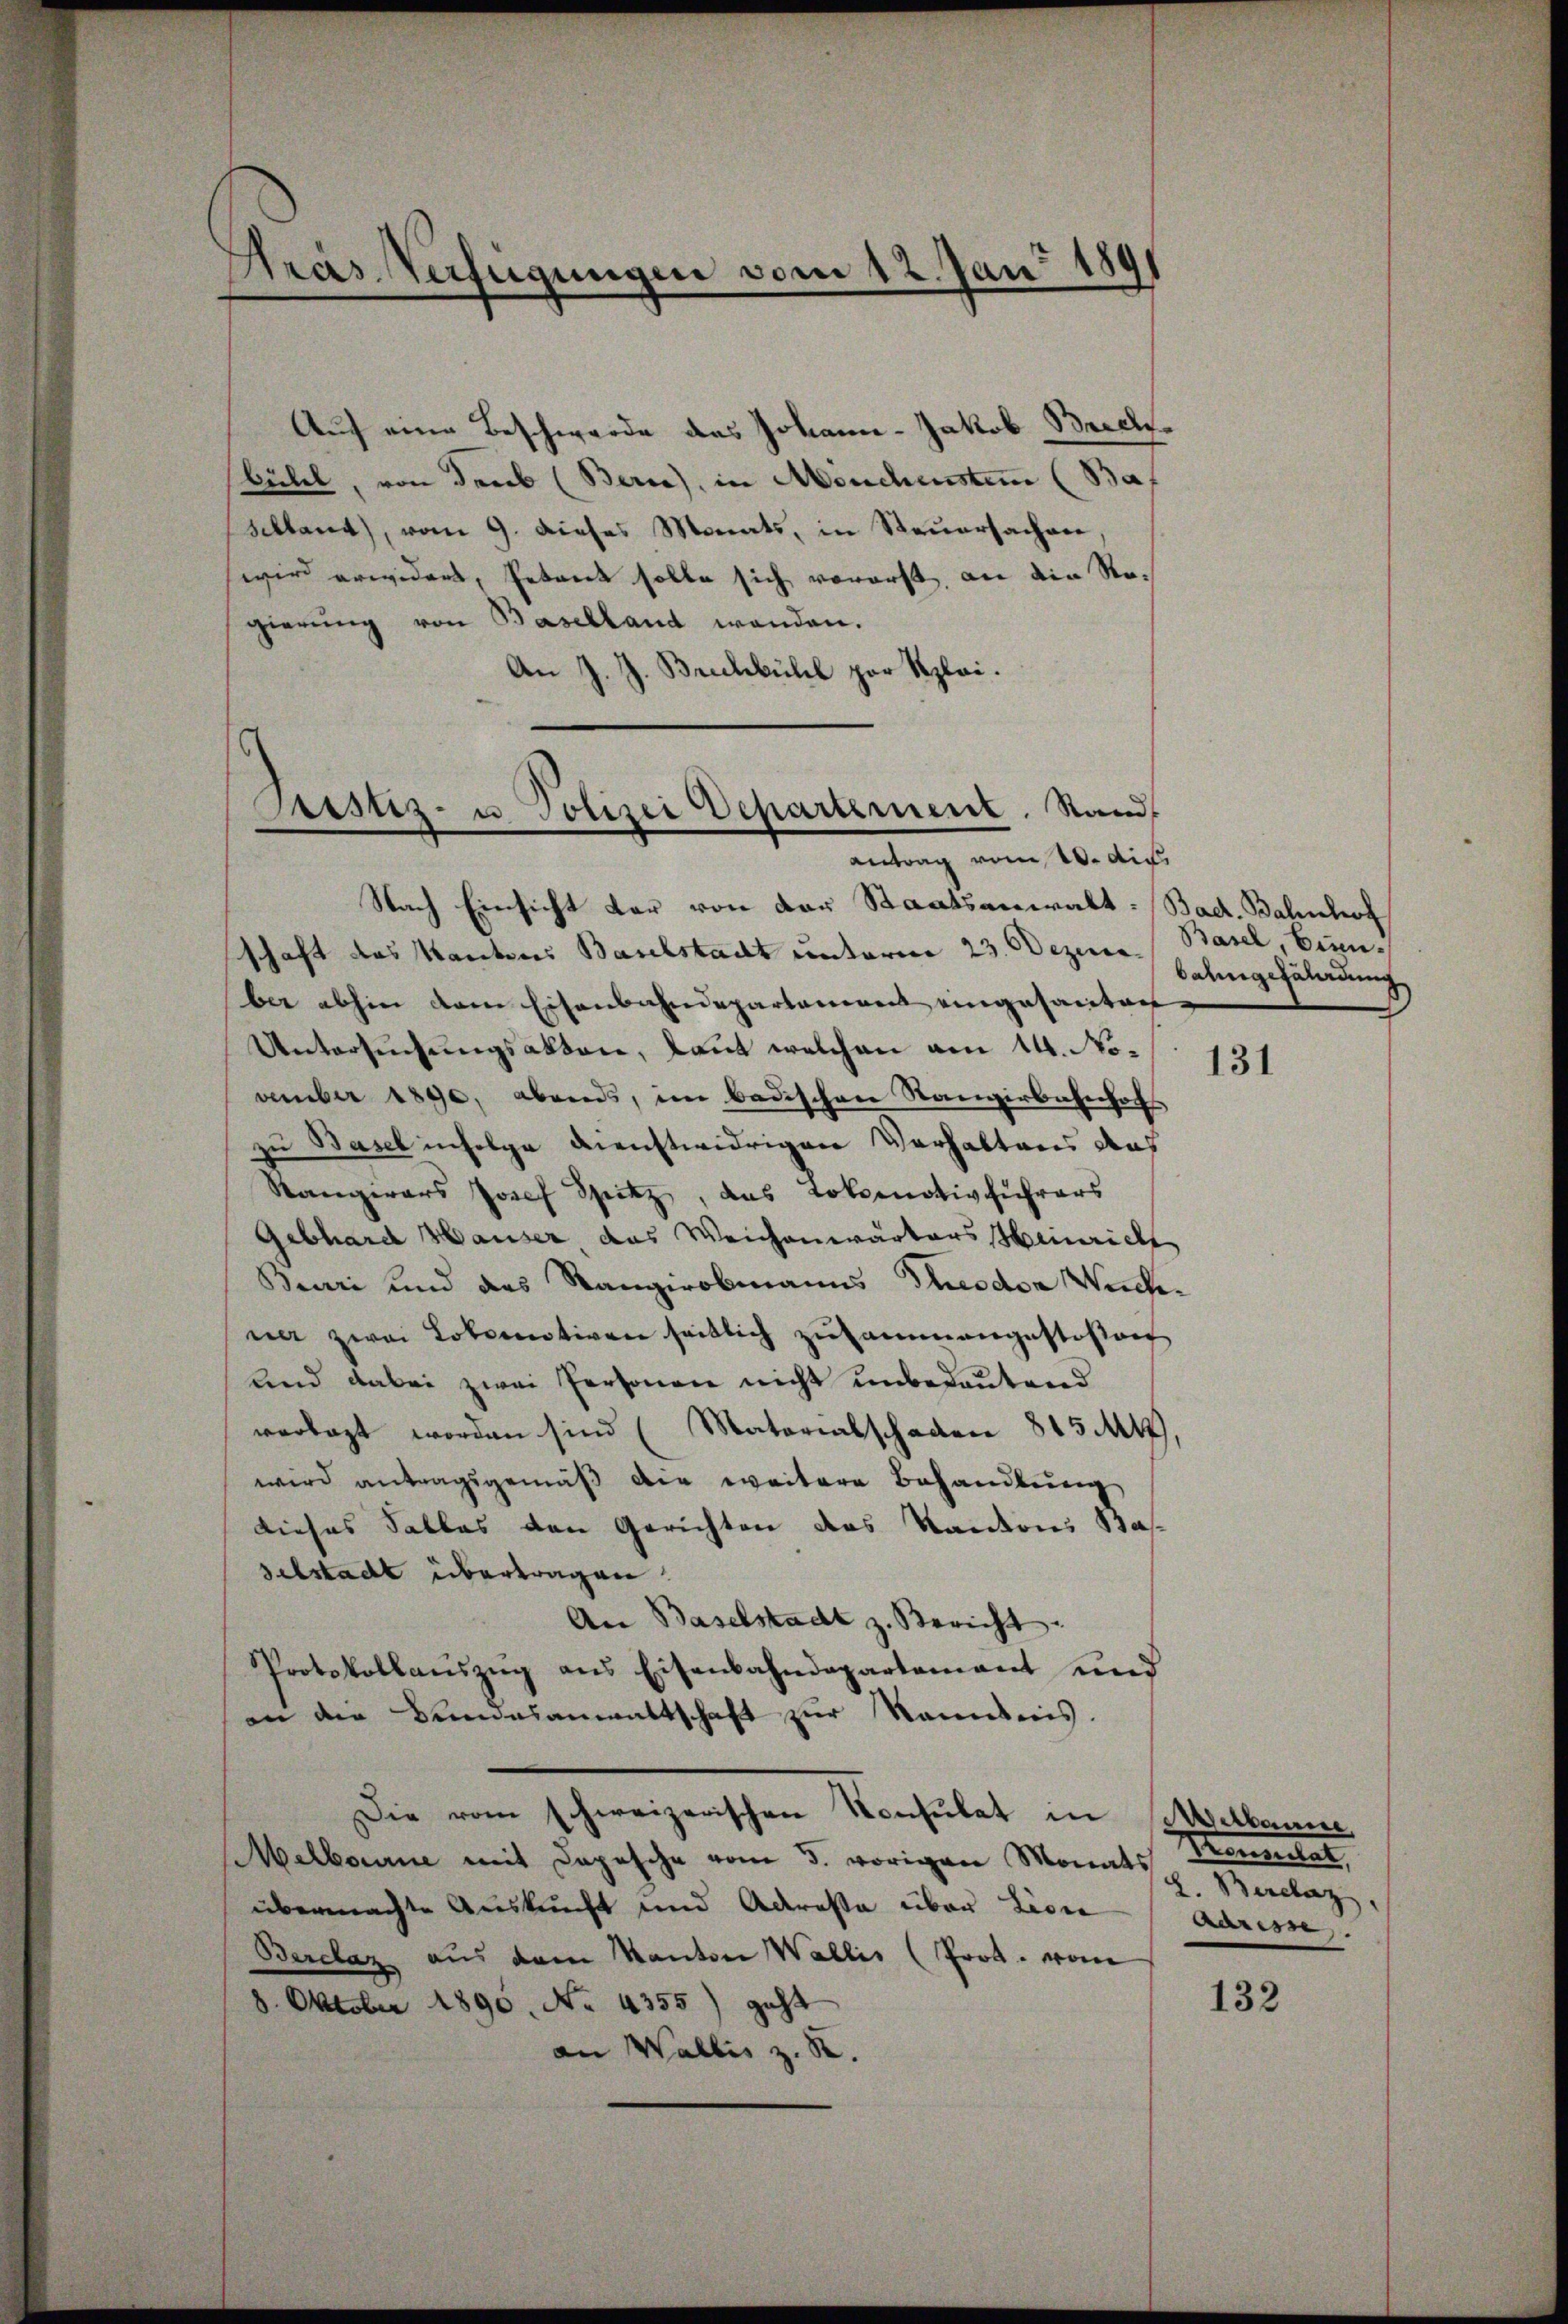
Pras Verfügungen vom 12. Juni 1891

Auch eine Beschwerde des Johann - Jakob Brechbühel, von ders (Berne), in Meuchenstem (Baf
Skland), vom 9. dieses Monats, in Steuersachen
wird erwidert, Petent solle sich vorerst, an die Regierung von Baselland wenden.
An J. J. Brechbühl par Szlai.

Sistiz- u Polizei Departement. Stand
antrag vom 10. di

Nach Einsicht dar von der Staatsanwalt: (Bad. Bahnhof
schaft das Kantons Baselstadt unterm 23. Dezem Basel, Eisen.
ber abhin vom Eisenbahndepartement eingesanten
Untersuchungsakten, laut welchen am 14. November 1890, abends, im badischen Stangerbahnhofs
zu Basel infolge dienstwidrigen Verhaltens das
Rangirars Josef Spitz, das Lokomotivführers
Gebhard Hauser das Weichenwärters Heinrich
Buri und des Rangirobmanns Theodor Wichna zwei Lokomotiven seitlich zusammengestoßen
und dabei zwei Personen nicht unbedeutend
verlegt worden sind (Matorialschaden 815 M14)
wird antragsgemäß die weitere Behandlung
dieses Falles den Gerichten des Kantons Bas-
selstadt übertragen.
An Baselstadt z. Bericht.
Protokollaŭszŭg ans Eisenbahndepartamant und
an die Bundesanwaltschaft zur Kenntnis.
Die vom schweizerischen Konsulat in Melbaume
Melbourne mit Depesche vom 5. vorigen Monats
übermachte Auskunft und Adresse über Lisie
Barclaz aus dem Kanton Wallis (Prot. vom
8. Oktober 1890. No. 4355) geht
an Wallis z. B.

bahngefährdung

131

Tongeset
g. Berclaz
Adresse

132